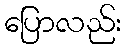
ပြောလည်း